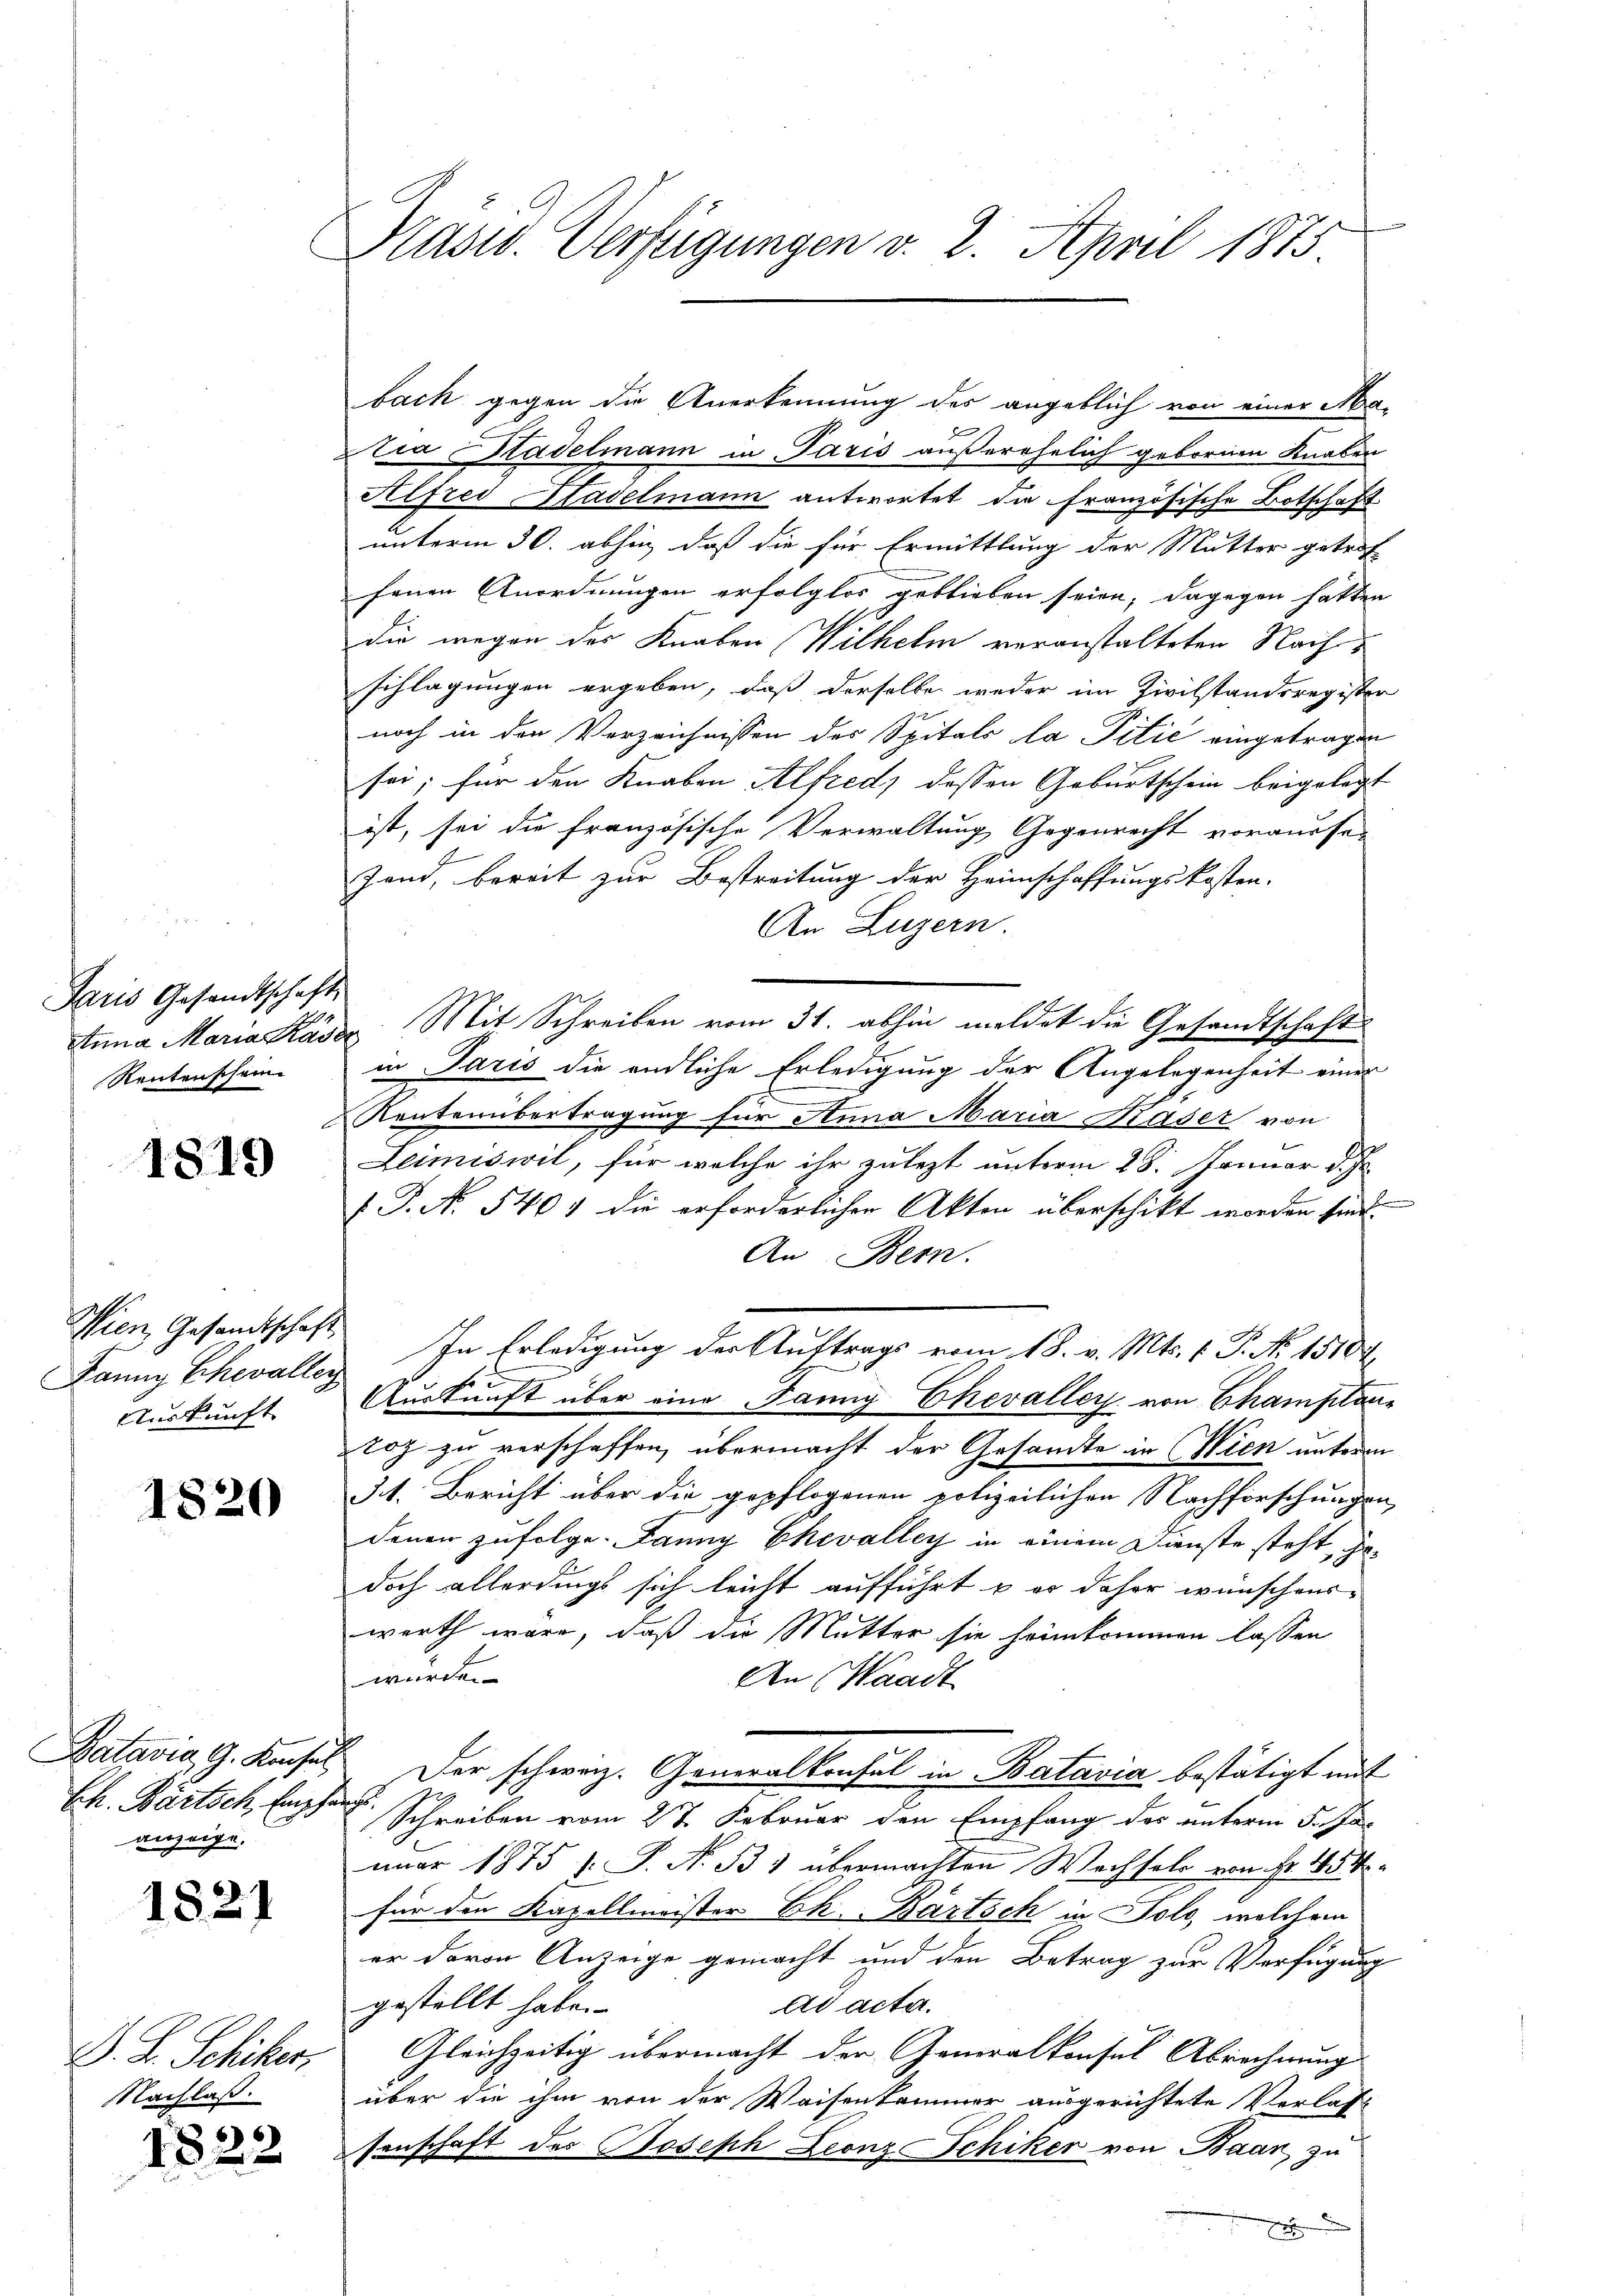
Paris Gesandtschaft,
Rentenschein

1819

Wien, Gesandtschaft
Fanny Chevaller
Auskunft

1820

Batavia, G. Konsel
Ch. Bartsch, Empfa
anzeige.

1821

D. R. Schikers
Nachlaß.

1822

Präsid. Verfügungen v. 2. April 1875

bach gegen die Anerkennung des angeblich von einer Mad
tra Stadelmann in Paris außerehelich gebornen Knaben
Stifred Stadelmann antwortet die Französische Botschaft.
unterm 30. abhin, daß die für Ermittlung der Mutter getrof-
fenen Anordnungen erfolglos geblieben seien; dagegen hatten
Die wegen des Knaben Wilhelm veranstalteten Nachschlagungen ergeben, daß derselbe weder im Zivilstandsregister
noch in den Verzeichnissen des Spitals la Pitić eingetragen
sei; für den Knaben Alfred, dessen Geburtschein beigelegt
ist, sei die französische Verwaltung Gegenrecht voraussen
Jand, bereit zur Bestreitung der Heimschaffungskosten.
An Luzern.
Anna Maria Kaser Mit Schreiben vom 31. abhin meldet die Gesandtschaft
in Paris die endliche Erledigung der Angelegenheit einer
Rentenübertragung für Anna Maria Kaser von
Leimiswil, für welche ihr zulezt unterm 28. Januar d. Js.
 P. N. 5404 die erforderlicher Akten überschikt worden sind.
An Bern.
In Erledigung der Auftrags vom 18. v. Mts. f. P. Nr. 15104.
Auskunft über eine Panng Chevalley von Champilau¬
Toz zu verschaffen, übermacht der Gesandte in Wien unterm
3. Bericht über die gepflogenen polizeilichen Nachforschungen,
denen zufolge. Janny Chevalley in einem Dienste steht, gedoch allerdings sich leicht aufführt u. er daher wünschens
werth wäre, daß die Mutter sie heimkommen lassen
wurden.
An Waadt
Der schweiz. Generalkonsul in Batavia bestätigt mit
 Schreiben vom 2t. Februar den Empfang des unterm 5. Ja-
nuar 1875 s. S. N. B 1 übermachten Wechsels von Fr. 1854
für den Kapellmeister Ch. Bartsch in Folo, welchem
er davon Anzeige gemacht und den Betrag zur Verfügung
gestellt habe.
Ad acta.
Gleichzeitig übermacht der Generalkonsul Abrechnung
über die ihm von der Waisenkommer ausgerichtete Verlasse
senschaft des Joseph Leonz Schiker von Baan, zu
x